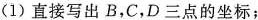
(1)直接写出B，C，D三点的坐标；